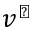
v ^ { \flat }